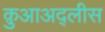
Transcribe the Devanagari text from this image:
क़ुआअद्लीस